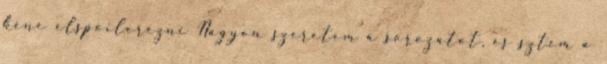
kéne elspoilerezni Nagyon szeretem a sorozatot, és sztem a